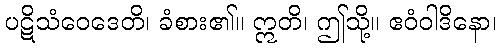
ပဋိသံဝေဒေတိ၊ ခံစား၏။ ဣတိ၊ ဤသို့။ ဧဝံဝါဒိနော၊